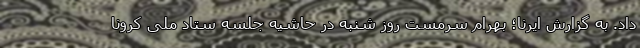
داد. به گزارش ایرنا؛ بهرام سرمست روز شنبه در حاشیه جلسه ستاد ملی کرونا